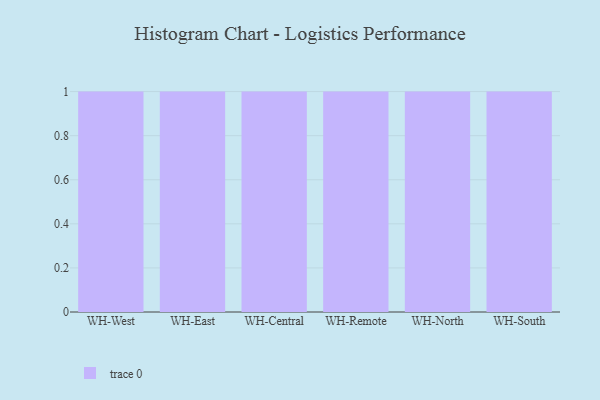
{"axis": {"x": "Warehouse", "y": "Production Output"}, "legend": [""], "data": [{"x": "WH-West", "y": 72, "type": ""}, {"x": "WH-East", "y": 31, "type": ""}, {"x": "WH-Central", "y": 56, "type": ""}, {"x": "WH-Remote", "y": 2, "type": ""}, {"x": "WH-North", "y": 90, "type": ""}, {"x": "WH-South", "y": 68, "type": ""}]}